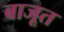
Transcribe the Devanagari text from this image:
बाजूत